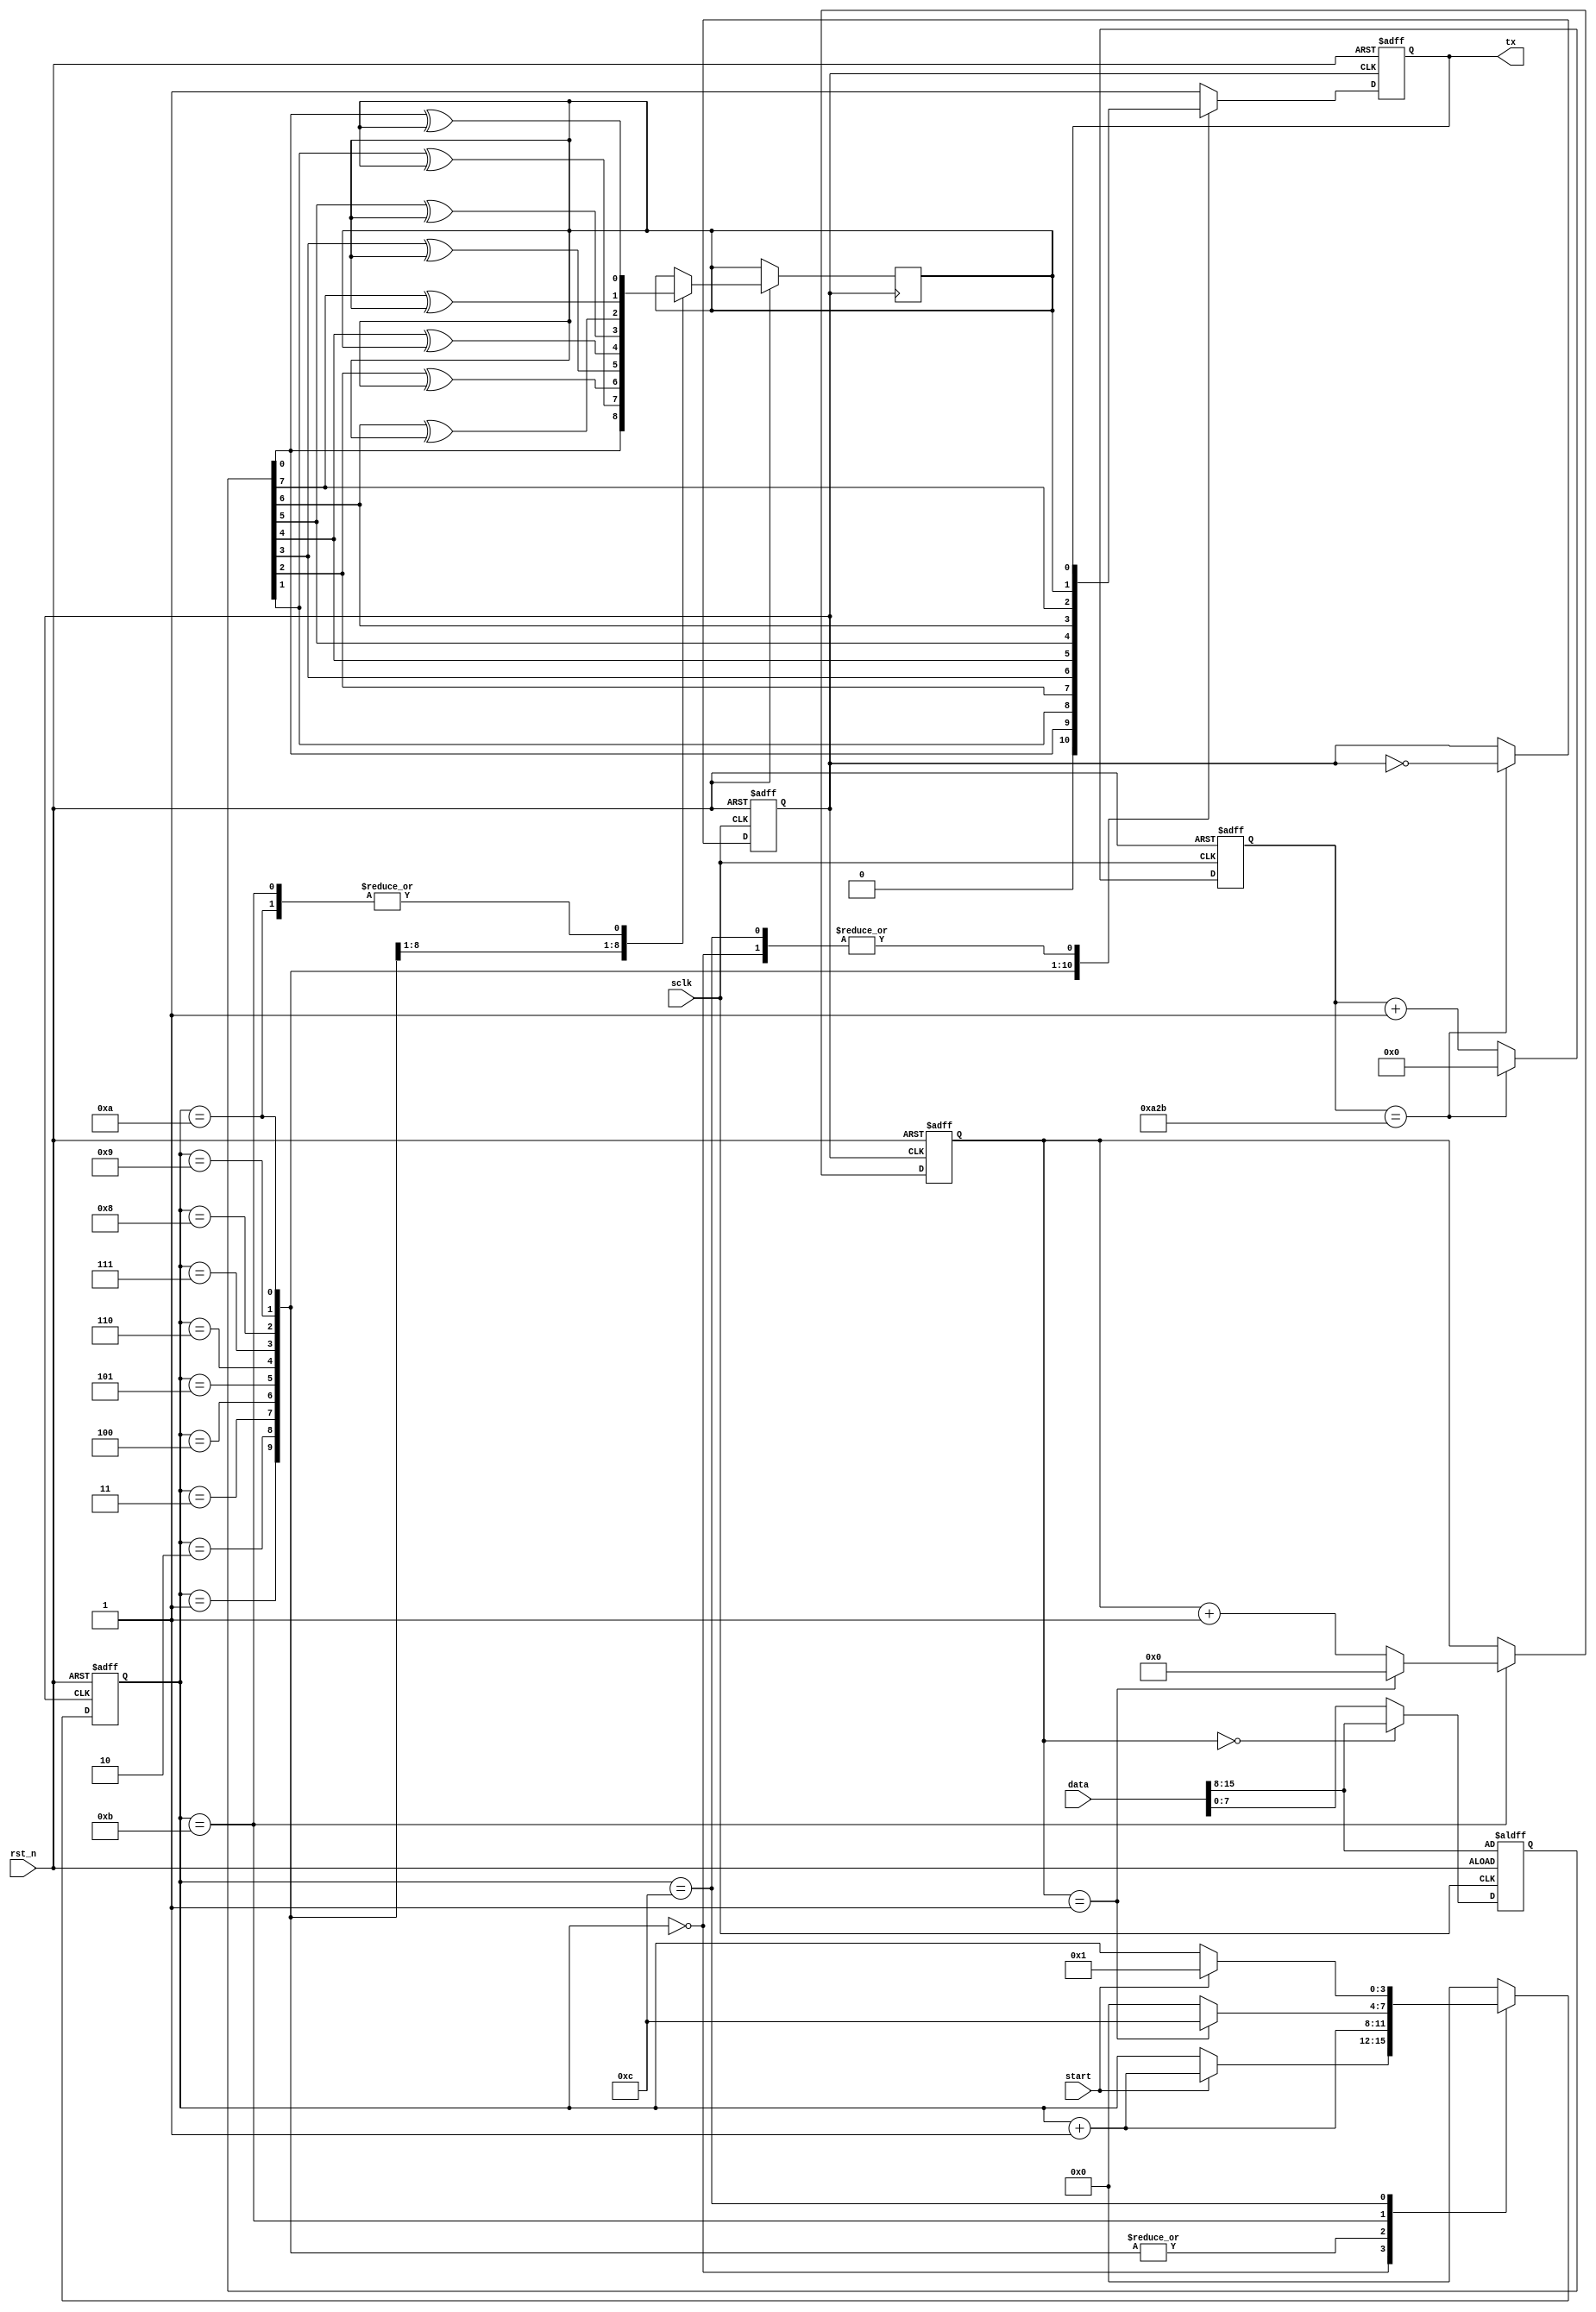
module UartSend (
  input   wire    sclk,
  input   wire    rst_n,
  input   wire    [15:0]data,
  input   wire    start,
  output    reg   tx
  );

  reg [7:0]data_send;
  always @ (posedge sclk or negedge rst_n) begin
      if (!rst_n) begin
        data_send<=data[15:8];
      end else begin
        if(cnt_uart==0)
			data_send<=data[15:8];
		 else
			data_send<=data[7:0];
      end
  end

/************uart CLK 9600hz*****************/
  reg   [11:0]cnt_div;
  reg clk_uart;
  always @ (posedge sclk or negedge rst_n) begin
    if (!rst_n) begin
      cnt_div<=1'b0;
      clk_uart<=1'b0;
    end else begin
      if (cnt_div==12'd2603) begin
        cnt_div<=1'b0;
        clk_uart<=~clk_uart;
      end else begin
        cnt_div<=cnt_div+1'b1;
      end
    end
  end

     /******using state machine********/
     parameter  PARITYMODE = 1'b0;//even parity
     reg   presult;
     reg [3:0]state;
     reg [4:0]cnt_uart;
     always @ (posedge clk_uart or negedge rst_n) begin
       if (!rst_n) begin
         state<=1'b0;
         tx<=1'b1;
     	   cnt_uart<=1'b0;
       end else begin
           case (state)           //data is ready
             0: begin
                if (start) begin
                  state<=state+1'b1;
                end else begin
                  state<=state;
              end
               end
             1:begin
               tx<=1'b0;
               state<=state+1'b1;
               end
             2:begin
               tx<=data_send[0];
               presult<=data_send[0]^PARITYMODE;//even parity
               state<=state+1'b1;
               end
             3:begin
               tx<=data_send[1];
               presult<=data_send[1]^presult;
               state<=state+1'b1;
               end
             4:begin
               tx<=data_send[2];
               presult<=data_send[2]^presult;
               state<=state+1'b1;
               end
             5: begin
               tx<=data_send[3];
               presult<=data_send[3]^presult;
               state<=state+1'b1;
             end
             6:begin
               tx<=data_send[4];
               presult<=data_send[4]^presult;//even parity
               state<=state+1'b1;
               end
             7:begin
               tx<=data_send[5];
               presult<=data_send[5]^presult;
               state<=state+1'b1;
               end
             8:begin
               tx<=data_send[6];
               presult<=data_send[6]^presult;
               state<=state+1'b1;
               end
             9:begin
               tx<=data_send[7];
               presult<=data_send[7]^presult;//even parity
               state<=state+1'b1;
               end
             10:begin                     //send parity
               tx<=presult;
               presult<=data_send[0]^presult;
               state<=state+1'b1;
               end
             11:begin                   //send stop bit
               tx<=1'b1;
               presult<=data_send[0]^presult;
               if (cnt_uart==5'd1) begin
                  cnt_uart<=1'b0;
                  state<=4'd12;
               end else begin
                  cnt_uart<=cnt_uart+1'b1;
                  state<=1'b0;
               end
               end
            12:begin
              if (start) begin
                state<=1'b1;
              end else begin
                state<=state;
              end
            end
             default:begin
                 tx<=1'b1;
                 state<=1'b0;
              end
           endcase
       end
     end


endmodule